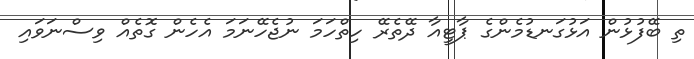
ތި ބޭފުޅުން އަޅުގަނޑުމެންގެ ޕާޓީއާ ދޭތެރޭ ހިތްހަމަ ނުޖެހޭނަމަ އެހެން ގޮތެއް ވިސްނަވައި